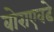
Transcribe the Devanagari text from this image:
बोराएवढे